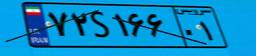
۶۰S۵۷۸۱۶